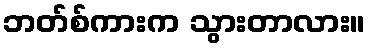
ဘတ်စ်ကားက သွားတာလား။